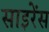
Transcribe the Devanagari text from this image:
साइरेंस